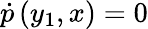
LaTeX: \dot{p}\left(y_{1},x\right)=0